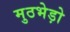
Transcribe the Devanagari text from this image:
मुठभेड़ो